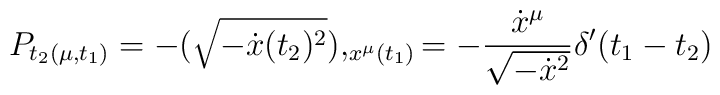
P_{t_2(\mu,t_1)} = - (\sqrt {- \dot{x}(t_2)^2}),_{x^{\mu}(t_1)} = - {{\dot{x}^{\mu}} \over{\sqrt{-\dot{x}^2}}} \delta'(t_1-t_2)